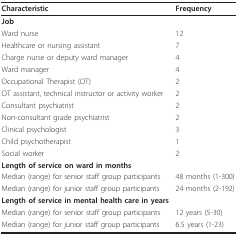
<table><thead><tr><td><b>Characteristic</b></td><td><b>Frequency</b></td></tr></thead><tbody><tr><td><b>Job</b></td><td>[EMPTY_CELL]</td></tr><tr><td>Ward nurse</td><td>12</td></tr><tr><td>Healthcare or nursing assistant</td><td>7</td></tr><tr><td>Charge nurse or deputy ward manager</td><td>4</td></tr><tr><td>Ward manager</td><td>4</td></tr><tr><td>Occupational Therapist (OT)</td><td>2</td></tr><tr><td>OT assistant, technical instructor or activity worker</td><td>2</td></tr><tr><td>Consultant psychiatrist</td><td>2</td></tr><tr><td>Non-consultant grade psychiatrist</td><td>2</td></tr><tr><td>Clinical psychologist</td><td>3</td></tr><tr><td>Child psychotherapist</td><td>1</td></tr><tr><td>Social worker</td><td>2</td></tr><tr><td><b>Length of service on ward in months</b></td><td>[EMPTY_CELL]</td></tr><tr><td>Median (range) for senior staff group participants</td><td>48 months (1-300)</td></tr><tr><td>Median (range) for junior staff group participants</td><td>24 months (2-192)</td></tr><tr><td><b>Length of service in mental health care in years</b></td><td>[EMPTY_CELL]</td></tr><tr><td>Median (range) for senior staff group participants</td><td>12 years (5-30)</td></tr><tr><td>Median (range) for junior staff group participants</td><td>6.5 years (1-23)</td></tr></tbody></table>